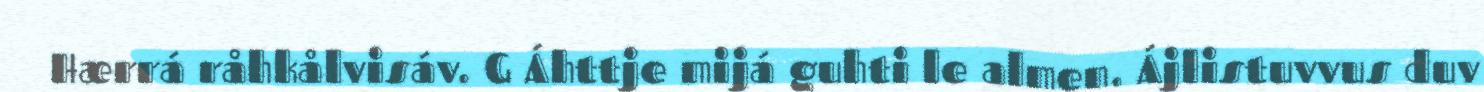
Hærrá råhkålvisáv. G Áhttje mijá guhti le almen. Ájlistuvvus duv